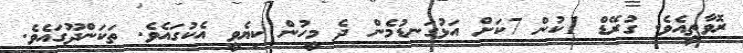
ރޮވާތީއެވެ. ގުރޭޑް 1ކުން 7ކަށް އަޅުގަނޑުމެން ދެ މީހުން ކިޔެވީ އެކުގައެވެ. ތަަކަންދޫގައެވެ.